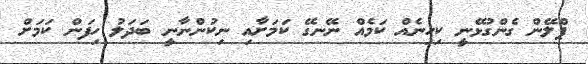
ޕްލޭން ގެންގުޅޭނީ ކިހިނެއް ކަމެއް ނޭނގޭ ކަމަށާއި ނިކުންނާނީ ބަދަލު ހިފަން ކަމަށް